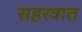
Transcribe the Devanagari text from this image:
सहस्त्रात